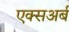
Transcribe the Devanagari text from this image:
एक्सअर्ब